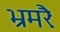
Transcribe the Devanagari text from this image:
भ्रमरैः